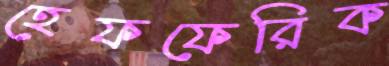
হেফফেরিক